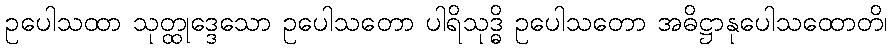
ဥပေါသထာ သုတ္ထုဒ္ဒေသော ဥပေါသတော ပါရိသုဒ္ဓိ ဥပေါသတော အဓိဋ္ဌာနုပေါသထောတိ၊